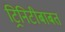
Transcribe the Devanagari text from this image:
ट्रिनिटीबाबत